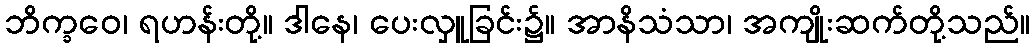
ဘိက္ခဝေ၊ ရဟန်းတို့။ ဒါနေ၊ ပေးလှူခြင်း၌။ အာနိသံသာ၊ အကျိုးဆက်တို့သည်။